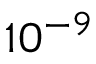
1 0 ^ { - 9 }